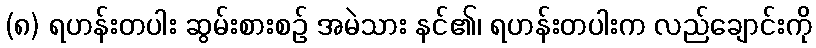
(၈) ရဟန်းတပါး ဆွမ်းစားစဉ် အမဲသား နင်၏၊ ရဟန်းတပါးက လည်ချောင်းကို